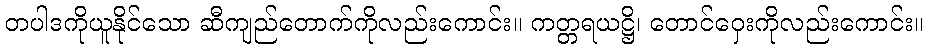
တပါဒကိုယူနိုင်သော ဆီကျည်တောက်ကိုလည်းကောင်း။ ကတ္တရယဋ္ဌိ၊ တောင်ဝှေးကိုလည်းကောင်း။